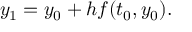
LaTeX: y _ { 1 } = y _ { 0 } + h f ( t _ { 0 } , y _ { 0 } ) . \quad